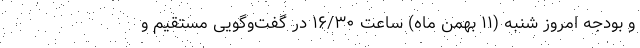
و بودجه امروز شنبه (۱۱ بهمن ماه) ساعت ۱۶/۳۰ در گفت‌وگویی مستقیم و